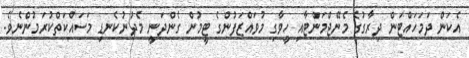
އެކަން ދަމަހައްޓަން ދިރާގުގެ މެނޭޖްމަންޓާއި ހީވާގި މުވައްޒަފުންގެ ޓީމުން ގެންދަނީ މެދުނުކެނޑި މަސައްކަތްކުރަމުންނެވެ.